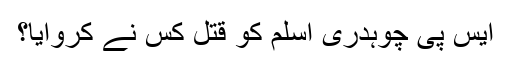
ایس پی چوہدری اسلم کو قتل کس نے کروایا؟